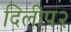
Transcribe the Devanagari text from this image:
दिलीप२